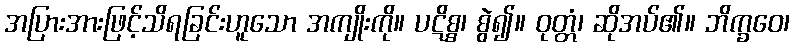
အပြားအားဖြင့်သိရခြင်းဟူသော အကျိုးကို။ ပဋိစ္စ၊ စွဲ၍။ ဝုတ္တံ၊ ဆိုအပ်၏။ ဘိက္ခဝေ၊